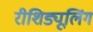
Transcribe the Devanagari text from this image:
रीशिड्यूलिंग